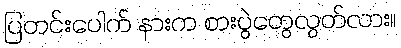
ပြတင်းပေါက် နားက စားပွဲတွေလွတ်လား။